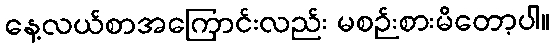
နေ့လယ်စာအကြောင်းလည်း မစဉ်းစားမိတော့ပါ။